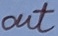
Text: out